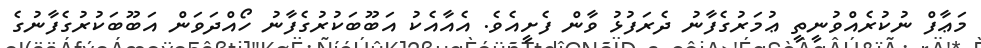
މަޢާފް ނުކުރެއްވުނީތީ ޢުމަރުގެފާނު ދެރަފުޅު ވާން ފެށީއެވެ. އެއާއެކު އަބޫބަކުރުގެފާނު ހޯއްދަވަން އަބޫބަކުރުގެފާނުގެ